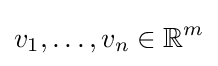
v_{1},\ldots ,v_{n}\in \mathbb {R} ^{m}